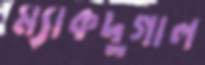
ম্যাকদুগাল